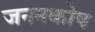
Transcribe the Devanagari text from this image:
जननकोष